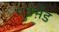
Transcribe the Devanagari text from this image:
मुठभ़ेड